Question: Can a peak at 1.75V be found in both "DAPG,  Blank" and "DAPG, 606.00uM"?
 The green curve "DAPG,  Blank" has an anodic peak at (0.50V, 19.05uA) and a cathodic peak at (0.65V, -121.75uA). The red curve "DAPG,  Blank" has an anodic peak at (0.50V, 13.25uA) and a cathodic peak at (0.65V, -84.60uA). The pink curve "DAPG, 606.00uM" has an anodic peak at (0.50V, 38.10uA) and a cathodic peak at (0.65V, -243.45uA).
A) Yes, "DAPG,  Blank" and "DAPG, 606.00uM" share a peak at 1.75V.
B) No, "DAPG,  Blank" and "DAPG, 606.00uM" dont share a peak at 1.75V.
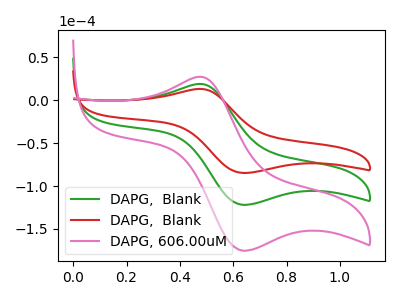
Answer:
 <answer>B) No, "DAPG,  Blank" and "DAPG, 606.00uM" dont share a peak at 1.75V.</answer>
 <eval>B</eval>